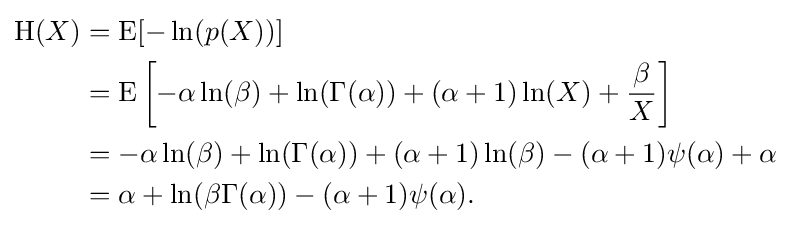
{\begin{aligned}\operatorname {H} (X)&=\operatorname {E} [-\ln(p(X))]\\&=\operatorname {E} \left[-\alpha \ln(\beta )+\ln(\Gamma (\alpha ))+(\alpha +1)\ln(X)+{\frac {\beta }{X}}\right]\\&=-\alpha \ln(\beta )+\ln(\Gamma (\alpha ))+(\alpha +1)\ln(\beta )-(\alpha +1)\psi (\alpha )+\alpha \\&=\alpha +\ln(\beta \Gamma (\alpha ))-(\alpha +1)\psi (\alpha ).\end{aligned}}